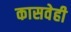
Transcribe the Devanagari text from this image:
कासवेही